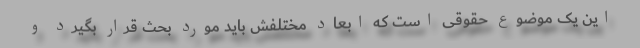
این یک موضوع حقوقی است که ابعاد مختلفش باید مورد بحث قرار بگیرد و